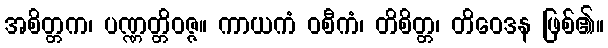
အစိတ္တက၊ ပဏ္ဏတ္တိဝဇ္ဇ။ ကာယကံ ဝစီကံ၊ တိစိတ္တ၊ တိဝေဒန ဖြစ်၏။